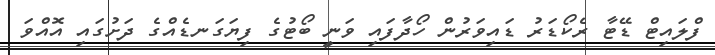
ފްލައިޓް ޑޭޓާ ރެކޯޑަރު ޑައިވަރުން ހޯދާފައި ވަނީ ބޯޓުގެ ފިޔަގަނޑެއްގެ ދަށުގައި އޮއްވަ